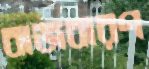
বাজবারণ